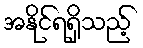
အနိုင်ရရှိသည့်